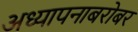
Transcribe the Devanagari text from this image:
अध्यापनाबरोबर